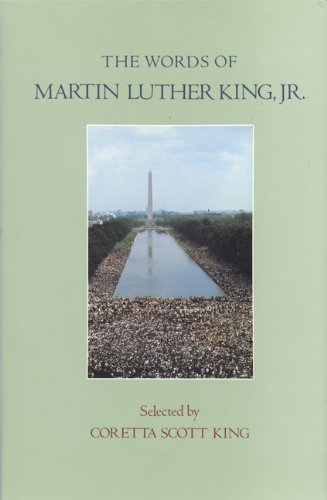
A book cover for The Words of Martin Luther King, Jr. (Newmarket Words Of...); Martin Luther King Jr.; Christian Books & Bibles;